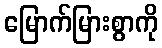
မြောက်မြားစွာကို